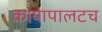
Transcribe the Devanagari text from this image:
कायापालटच